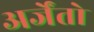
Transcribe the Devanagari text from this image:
अर्जेंतो